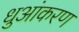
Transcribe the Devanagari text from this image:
धुआंकरण